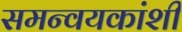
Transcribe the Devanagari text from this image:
समन्वयकांशी